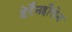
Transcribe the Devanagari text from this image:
हेर्रेनहौसेन